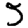
Digit: 5